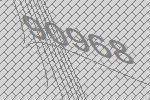
90968